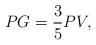
LaTeX: \begin{align*} \begin{aligned} PG=\frac{3}{5}PV, \end{aligned} \end{align*}